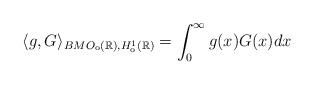
LaTeX: \begin{align*}\langle g,G\rangle_{BMO_{\rm o}(\mathbb{R}), H_{\rm o}^1(\mathbb{R})}=\int_0^\infty g(x)G(x)dx\end{align*}